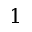
\boldsymbol { 1 }